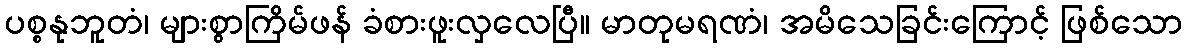
ပစ္စနုဘူတံ၊ များစွာကြိမ်ဖန် ခံစားဖူးလှလေပြီ။ မာတုမရဏံ၊ အမိသေခြင်းကြောင့် ဖြစ်သော